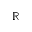
\mathbb { R }